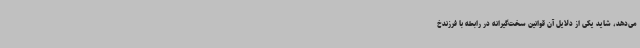
می‌دهد، شاید یکی از دلایل آن قوانین سخت‌گیرانه در رابطه با فرزندخ